Problem: 28 ÷ 7 = ?
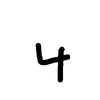
Handwritten answer: 4